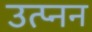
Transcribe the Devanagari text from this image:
उत्प्नन